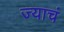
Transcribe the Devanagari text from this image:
ज्याचं